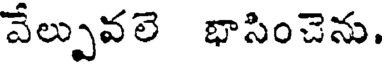
వేల్పువలె భాసించెను.